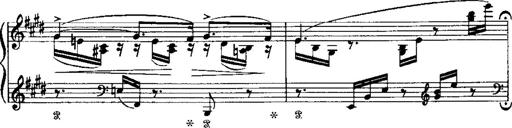
Title: LiebestrÃ¤ume
Composer: Franz Behr
Key: E-flat major